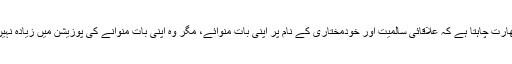
بھارت چاہتا ہے کہ علاقائی سالمیت اور خودمختاری کے نام پر اپنی بات منوائے، مگر وہ اپنی بات منوانے کی پوزیشن میں زیادہ نہیں۔